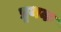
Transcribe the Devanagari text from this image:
प्रृथक